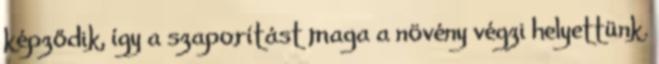
képződik, így a szaporítást maga a növény végzi helyettünk.